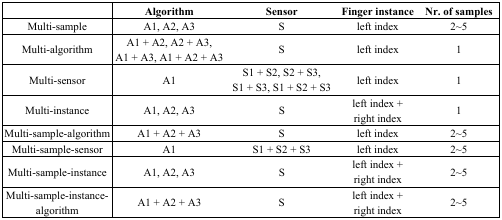
<table><thead><tr><td></td><td><b>Algorithm</b></td><td><b>Sensor</b></td><td><b>Finger instance</b></td><td><b>Nr. of samples</b></td></tr></thead><tbody><tr><td>Multi-sample</td><td>A1, A2, A3</td><td>S</td><td>left index</td><td>2∼5</td></tr><tr><td>Multi-algorithm</td><td>A1 + A2, A2 + A3, A1 + A3, A1 + A2 + A3</td><td>S</td><td>left index</td><td>1</td></tr><tr><td>Multi-sensor</td><td>A1</td><td>S1 + S2, S2 + S3, S1 + S3, S1 + S2 + S3</td><td>left index</td><td>1</td></tr><tr><td>Multi-instance</td><td>A1, A2, A3</td><td>S</td><td>left index + right index</td><td>1</td></tr><tr><td>Multi-sample-algorithm</td><td>A1 + A2 + A3</td><td>S</td><td>left index</td><td>2∼5</td></tr><tr><td>Multi-sample-sensor</td><td>A1</td><td>S1 + S2 + S3</td><td>left index</td><td>2∼5</td></tr><tr><td>Multi-sample-instance</td><td>A1, A2, A3</td><td>S</td><td>left index + right index</td><td>2∼5</td></tr><tr><td>Multi-sample-instance-algorithm</td><td>A1 + A2 + A3</td><td>S</td><td>left index + right index</td><td>2∼5</td></tr></tbody></table>